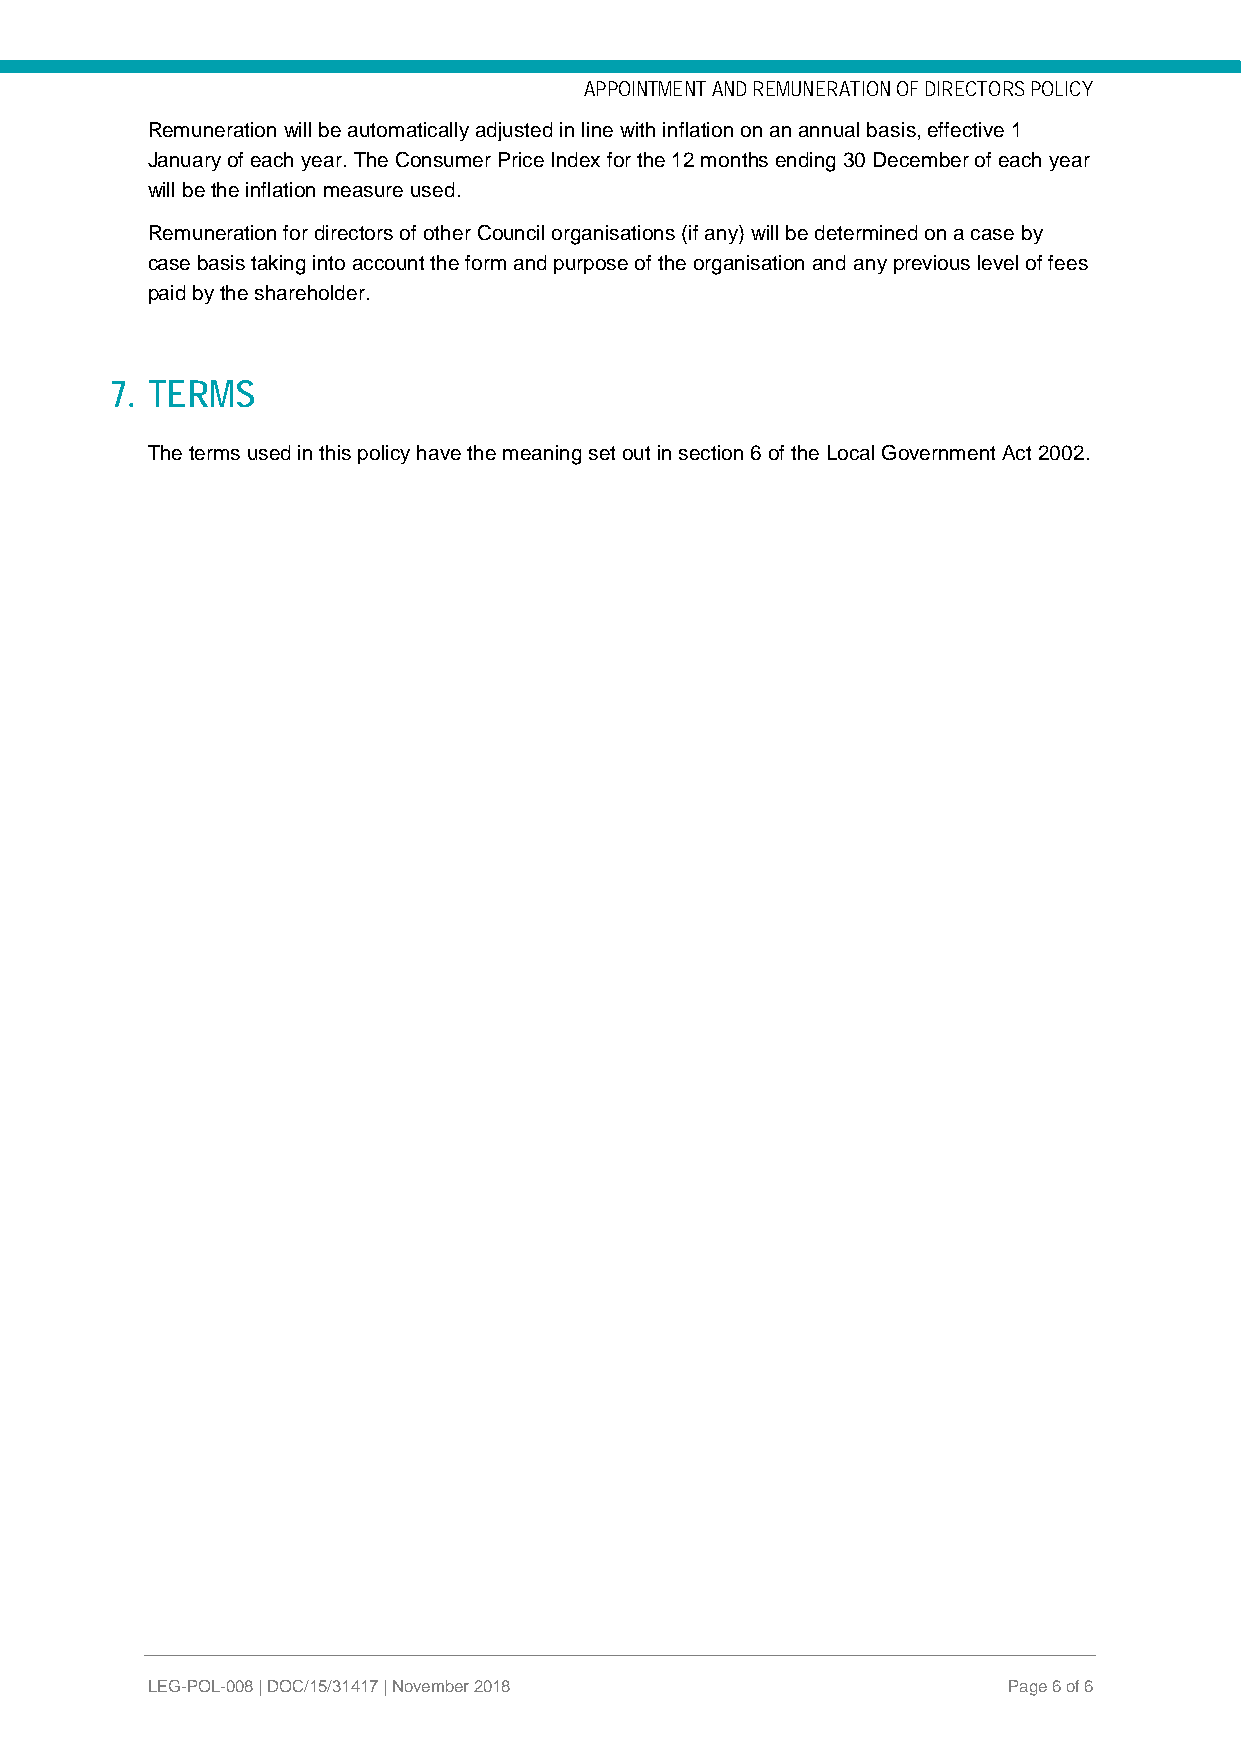
APPOINTMENT AND REMUNERATION OF DIRECTORS POLICY
 Remuneration will be automatically adjusted in line with inflation on an annual basis, effective 1
 January of each year. The Consumer Price Index for the 12 months ending 30 December of each year
 will be the inflation measure used.
 Remuneration for directors of other Council organisations (if any) will be determined on a case by
 case basis taking into account the form and purpose of the organisation and any previous level of fees
 paid by the shareholder.
 7. TERMS
 The terms used in this policy have the meaning set out in section 6 of the Local Government Act 2002.
 LEG-POL-008 | DOC/15/31417 | November 2018               Page 6 of 6